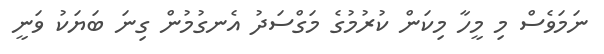
ނަމަވެސް މި މީހާ މިކަން ކުރުމުގެ މަގްސަދު އެނގުމުން ގިނަ ބަޔަކު ވަނީ